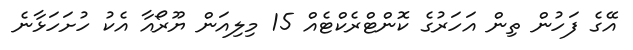
އޭގެ ފަހުން ތިން އަހަރުގެ ކޮންޓްރެކްޓެއް 15 މިލިއަން ޔޫރޯއާ އެކު ހުށަހަޅާނެ